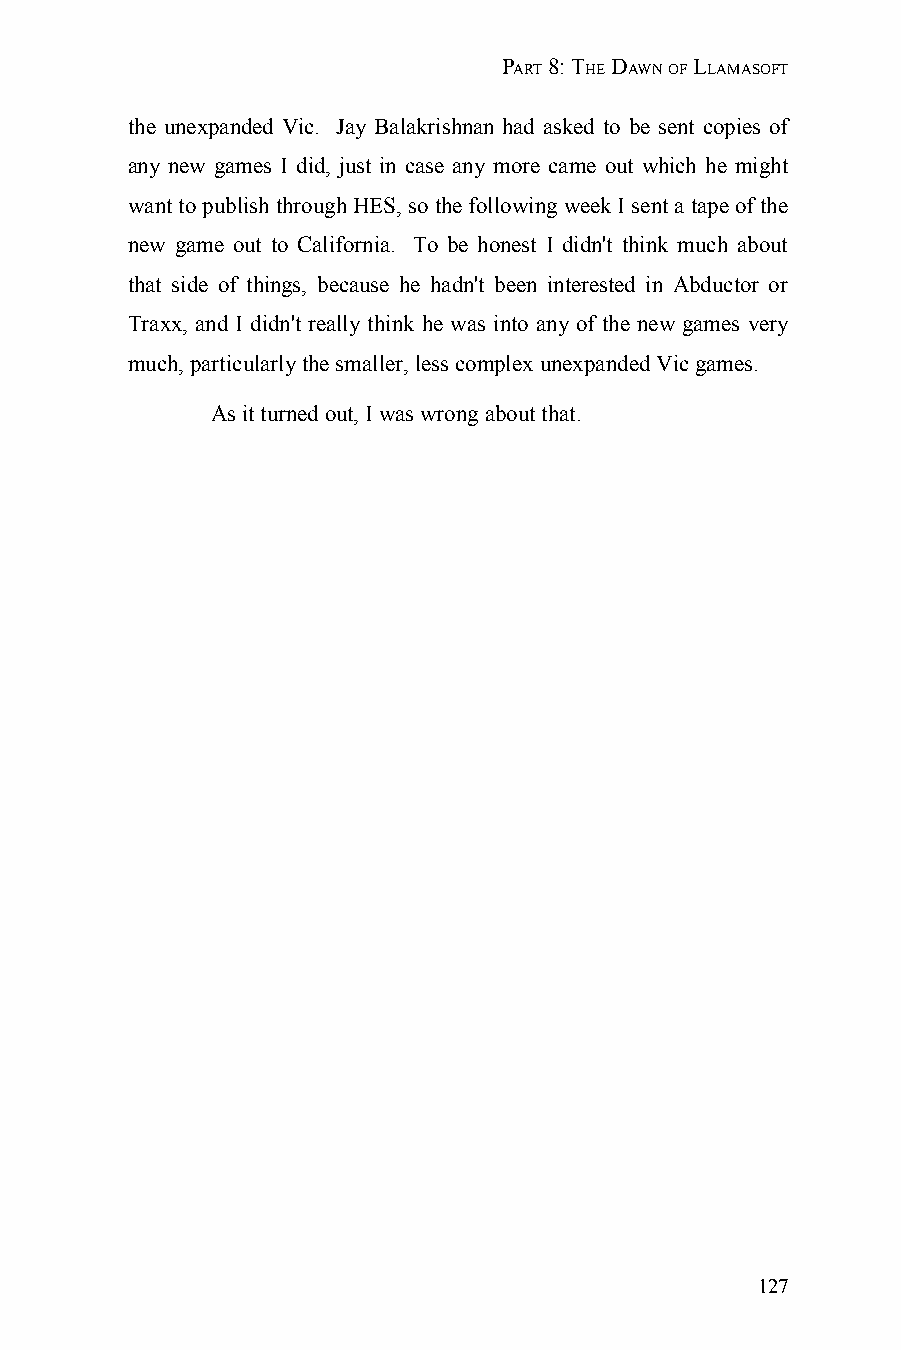
PART 8: THE DAWN OF LLAMASOFT
 the unexpanded Vic. Jay Balakrishnan had asked to be sent copies of
 any new games I did, just in case any more came out which he might
 want to publish through HES, so the following week I sent a tape of the
 new game out to California. To be honest I didn't think much about
 that side of things, because he hadn't been interested in Abductor or
 Traxx, and I didn't really think he was into any of the new games very
 much, particularly the smaller, less complex unexpanded Vic games.
 As it turned out, I was wrong about that.
 127